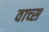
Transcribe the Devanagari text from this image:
वाच्स